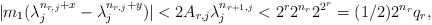
\begin{align*}|m_1 (\lambda_j^{n_{r,j}+x}-\lambda_j^{n_{r,j}+y})|<2 A_{r,j} \lambda_j^{n_{r+1,j}} < 2^r 2^{n_r} 2^{2^r}= (1/2) 2^{n_{r}}q_r,\end{align*}